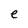
Character: e